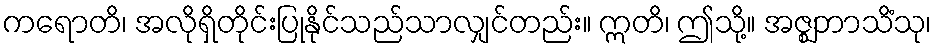
ကရောတိ၊ အလိုရှိတိုင်းပြုနိုင်သည်သာလျှင်တည်း။ ဣတိ၊ ဤသို့။ အဇ္ဈဘာသိံသု၊